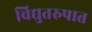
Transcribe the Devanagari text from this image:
विद्युतरुपात